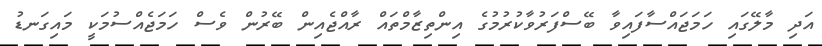
އަދި މާލޭގައި ހަމަޖައްސާފައިވާ ބޭސްފަރުވާކުރުމުގެ އިންތިޒާމްތައް ރާއްޖެއިން ބޭރުން ވެސް ހަމަޖެއްސުމަކީ މައިގަނޑު